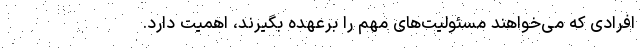
افرادی که می‌خواهند مسئولیت‌های مهم را برعهده بگیرند، اهمیت دارد.